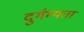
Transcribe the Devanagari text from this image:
दुर्गम्यता